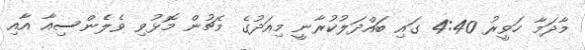
މާދަމާ ހަވީރު 4:40 ގައި ބައްދަލުކުރާނީ މިއަދުގެ މެޗުން މޮޅުވި ވެލެންސިއާ އާއި